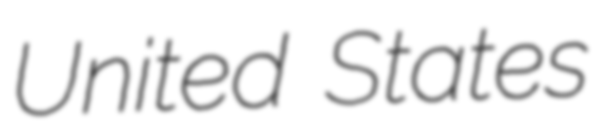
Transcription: United States